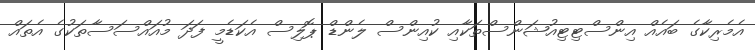
އެމެރިކާގެ ބައެއް އިންސްޓިޓިއުޝަންސްތަކާއި ކުއިންސް ލެންޑް ޕޮލިސް އެކަޑެމީ ފަދަ މުއައްސަސާތަކުގެ އެތައް